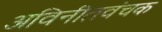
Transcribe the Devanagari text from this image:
अविनीतवंचक